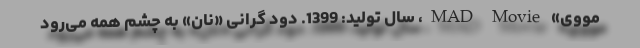
مووی» MAD Movie، سال تولید: 1399. دود گرانی «نان» به چشم همه می‌رود